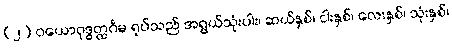
(၂) ဝယောဝုဒ္ဓတ္ထင်္ဂမ ရုပ်သည် အရွယ်သုံးပါး၊ ဆယ်နှစ်၊ ငါးနှစ်၊ လေးနှစ်၊ သုံးနှစ်၊